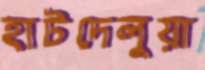
হাটদেলুয়া